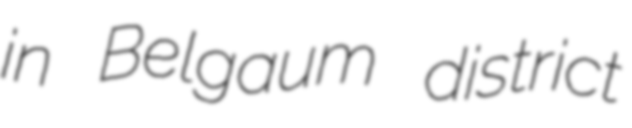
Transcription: in Belgaum district